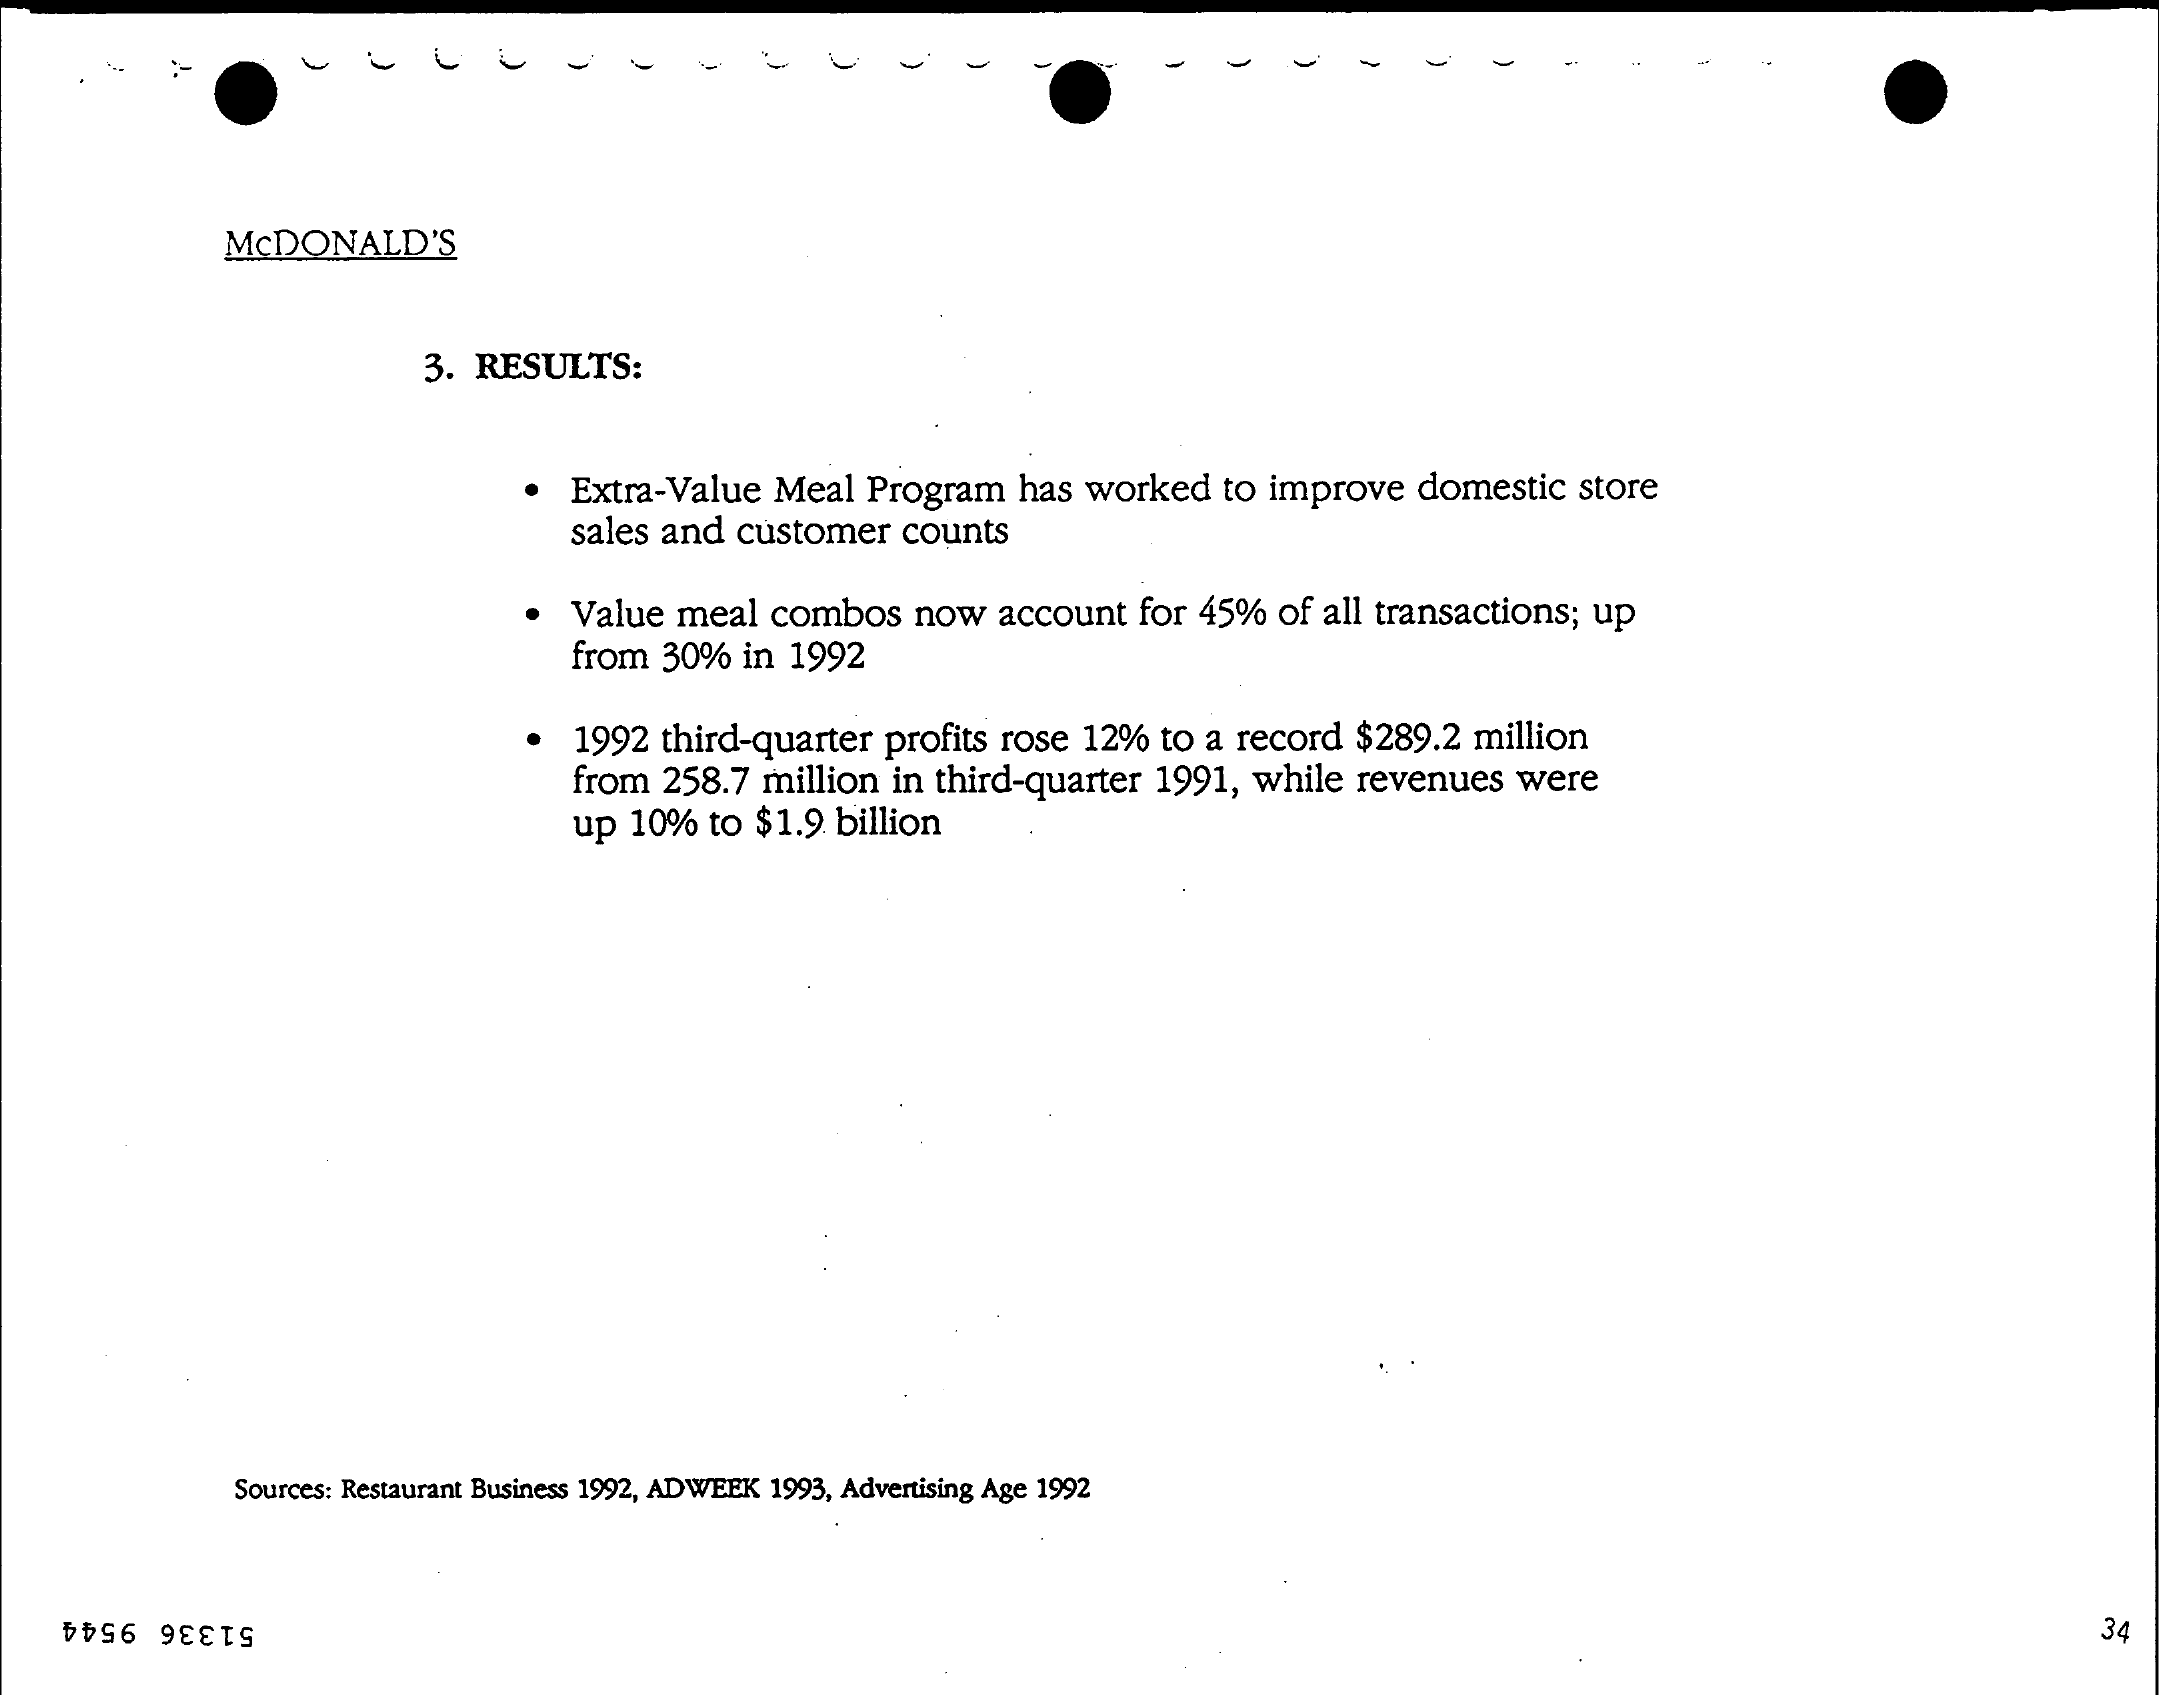
MCDONALD'S
     3. RESULTS:
     Extra-Value   Meal   Program   has  worked    to improve   domestic    store
     sales and  customer    counts
     .  Value  meal   combos    now   account   for 45%  of all transactions;  up
     from  30%   in 1992
     1992  third-quarter   profits rose  12%  to a record   $289.2  million
     from  258.7  million  in third-quarter   1991,  while  revenues   were
     up  10%  to  $1.9  billion
     Sources: Restaurant Business 1992, ADWEEK 1993, Advertising Age 1992
     34 51336 9544